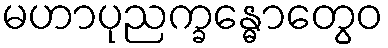
မဟာပုညက္ခန္ဓောတွေဝ